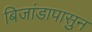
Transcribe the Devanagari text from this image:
बिजांडापासुन